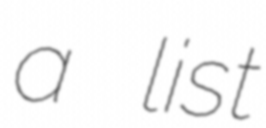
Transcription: a list